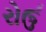
રોઉ